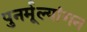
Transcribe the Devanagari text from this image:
पुनर्मूल्यांगन